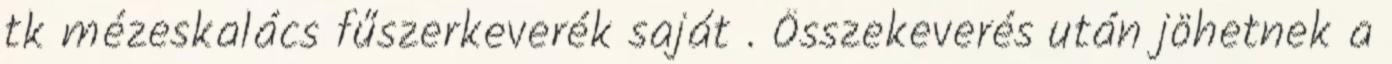
tk mézeskalács fűszerkeverék saját . Összekeverés után jöhetnek a